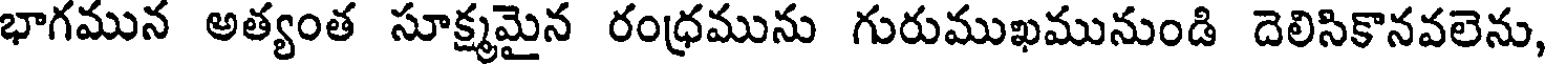
భాగమున అత్యంత సూక్ష్మమైన రంధ్రమును గురుముఖమునుండి దెలిసికానవలెను,